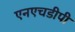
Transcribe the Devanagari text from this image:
एनएचडीपी